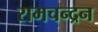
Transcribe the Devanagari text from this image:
रामचन्‍द्रन